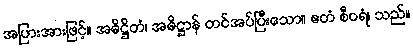
အပြားအားဖြင့်။ အဓိဋ္ဌိတံ၊ အဓိဋ္ဌာန် တင်အပ်ပြီးသော။ ဧတံ စီဝရံ၊ သည်။